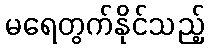
မရေတွက်နိုင်သည့်